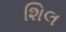
શિલ